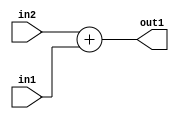
`timescale 1ps / 1ps
/*****************************************************************************
    Verilog RTL Description
    
    
    Created by: Stratus DpOpt 2019.1.01 
*******************************************************************************/

module SobelFilter_Add_3Sx1U_3S_1 (
	in2,
	in1,
	out1
	); /* architecture "behavioural" */ 
input [2:0] in2;
input  in1;
output [2:0] out1;
wire [2:0] asc001;

assign asc001 = 
	+(in2)
	+(in1);

assign out1 = asc001;
endmodule

/* CADENCE  urnyQwA= : u9/ySgnWtBlWxVPRXgAZ4Og= ** DO NOT EDIT THIS LINE ******/